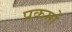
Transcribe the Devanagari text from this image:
प्रकमों